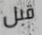
قبل